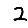
Digit: 2